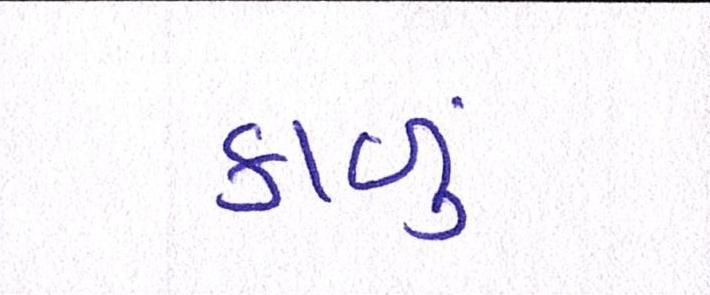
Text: કાળું